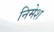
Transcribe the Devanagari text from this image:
निमेश